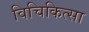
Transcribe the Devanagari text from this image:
विचिकित्सा